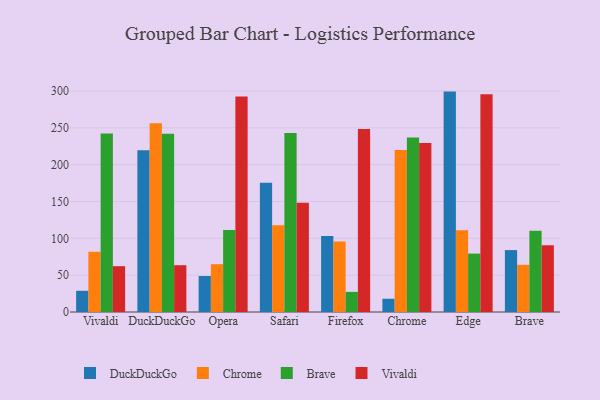
{"axis": {"x": "Browser", "y": "Shipments"}, "legend": ["Brave", "Chrome", "DuckDuckGo", "Vivaldi"], "data": [{"x": "Vivaldi", "y": 28.8, "type": "DuckDuckGo"}, {"x": "Vivaldi", "y": 81.8, "type": "Chrome"}, {"x": "Vivaldi", "y": 242.3, "type": "Brave"}, {"x": "Vivaldi", "y": 62.2, "type": "Vivaldi"}, {"x": "DuckDuckGo", "y": 219.6, "type": "DuckDuckGo"}, {"x": "DuckDuckGo", "y": 256.1, "type": "Chrome"}, {"x": "DuckDuckGo", "y": 241.8, "type": "Brave"}, {"x": "DuckDuckGo", "y": 63.5, "type": "Vivaldi"}, {"x": "Opera", "y": 48.9, "type": "DuckDuckGo"}, {"x": "Opera", "y": 64.9, "type": "Chrome"}, {"x": "Opera", "y": 111.2, "type": "Brave"}, {"x": "Opera", "y": 292.5, "type": "Vivaldi"}, {"x": "Safari", "y": 175.5, "type": "DuckDuckGo"}, {"x": "Safari", "y": 117.8, "type": "Chrome"}, {"x": "Safari", "y": 242.8, "type": "Brave"}, {"x": "Safari", "y": 148.4, "type": "Vivaldi"}, {"x": "Firefox", "y": 103.0, "type": "DuckDuckGo"}, {"x": "Firefox", "y": 95.7, "type": "Chrome"}, {"x": "Firefox", "y": 27.3, "type": "Brave"}, {"x": "Firefox", "y": 248.5, "type": "Vivaldi"}, {"x": "Chrome", "y": 18.0, "type": "DuckDuckGo"}, {"x": "Chrome", "y": 220.0, "type": "Chrome"}, {"x": "Chrome", "y": 236.9, "type": "Brave"}, {"x": "Chrome", "y": 229.3, "type": "Vivaldi"}, {"x": "Edge", "y": 299.1, "type": "DuckDuckGo"}, {"x": "Edge", "y": 111.1, "type": "Chrome"}, {"x": "Edge", "y": 79.3, "type": "Brave"}, {"x": "Edge", "y": 295.5, "type": "Vivaldi"}, {"x": "Brave", "y": 84.0, "type": "DuckDuckGo"}, {"x": "Brave", "y": 64.0, "type": "Chrome"}, {"x": "Brave", "y": 110.1, "type": "Brave"}, {"x": "Brave", "y": 90.7, "type": "Vivaldi"}]}